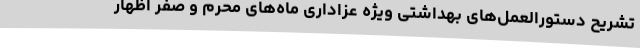
تشریح دستورالعمل‌های بهداشتی ویژه عزاداری ماه‌های محرم و صفر اظهار